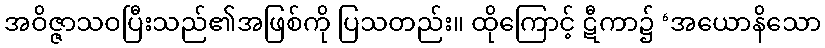
အဝိဇ္ဇာသဝပြီးသည်၏အဖြစ်ကို ပြသတည်း။ ထိုကြောင့် ဋီကာ၌ ‘အယောနိသော